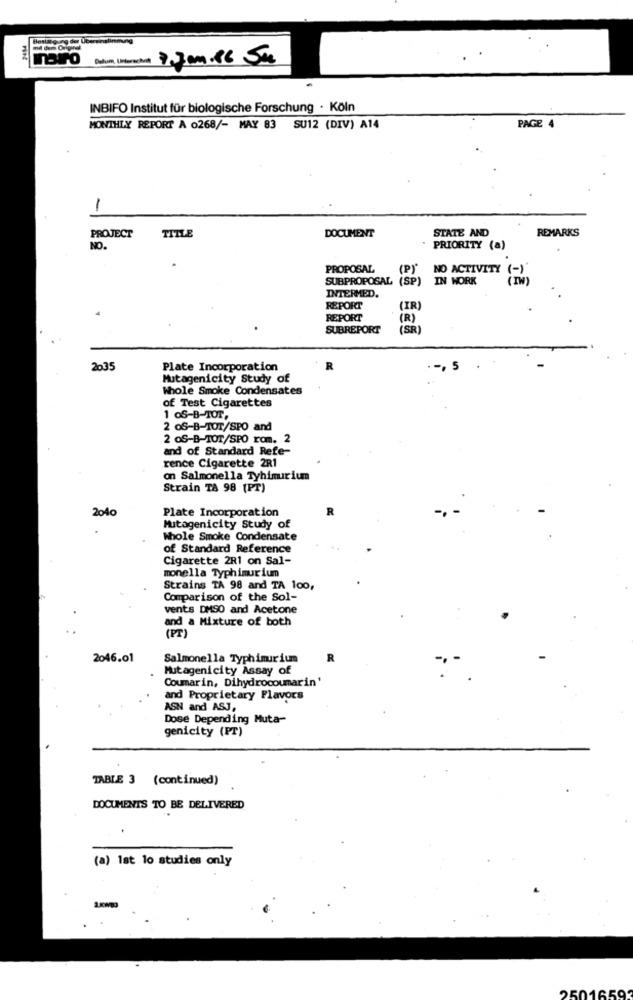
7.Jan.16 Su
INBIFO Institut für biologische Forschung · Köln
MONTHLY REPORT A 0268/- MAY 83 SU12 (DIV) A14
PAGE 4
-
DOCUMENT
STATE AND
REMARKS
PROJECT
TITLE
NO.
PRIORITY (a)
PROPOSAL
(P)"
NO ACTIVITY (
SUBPROPOSAL (SP)
IN WORK
INTERMED.
REPORT
(IR)
REPORT
(R)
SUBREPORT
(SR)
2035
Plate Incorporation
R
, 5
Mutagenicity Study of
Whole Smoke Condensates
of Test Cigarettes
1 OS-B-TOT,
2 OS-B-TOT/SPO and
2 OS-B-TOT/SPO rom. 2
and of Standard Refe-
rence Cigarette 2R1
on Salmonella Tyhimurium
Strain TA 98 [PT)
2040
Plate Incorporation
Mutagenicity Study of
Whole Smoke Condensate
of Standard Reference
Cigarette 2R1 on Sal-
monella Typhimurium
Strains TA 98 and TA 100,
Comparison of the Sol-
vents DMSO and Acetone
and a Mixture of both
(PT)
2046.01
Salmonella Typhimurium
R
Mutagenicity Assay of
Coumarin, Dihydrocoumarin'
and Proprietary Flavors
ASN and ASJ,
Dose Depending Muta-
genicity (PT)
TABLE 3 (continued)
DOCUMENTS TO BE DELIVERED
(a) 1st lo studies only
2501659